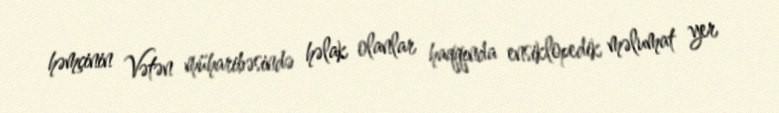
həmçinin Vətən müharibəsində həlak olanlar haqqında ensiklopedik məlumat yer